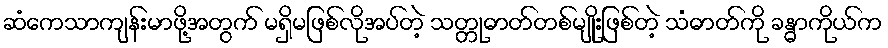
ဆံကေသာကျန်းမာဖို့အတွက် မရှိမဖြစ်လိုအပ်တဲ့ သတ္တုဓာတ်တစ်မျိုးဖြစ်တဲ့ သံဓာတ်ကို ခန္ဓာကိုယ်က